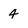
Character: 4